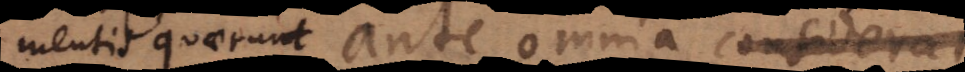
mentis quaerunt ante omnia considerare